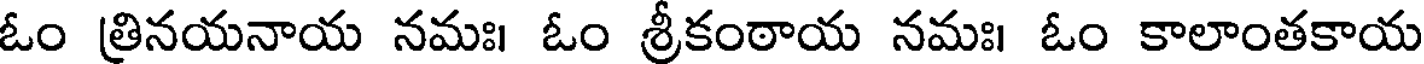
ఓం త్రినయనాయ నమః। ఓం శ్రీకంఠాయ నమః। ఓం కాలాంతకాయ